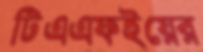
টিএএফইয়ের